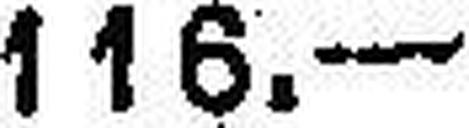
116.—